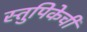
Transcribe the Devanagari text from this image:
स्तुपिकेची